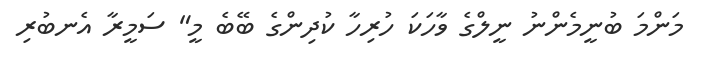
މަންމަ ބުނީމެންނު ނީލްގެ ވާހަކަ ހުރިހާ ކުދިންގެ ބޭބެ މީ" ސަމީރާ އެނބުރި